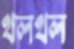
থলথল